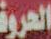
الحروف